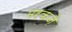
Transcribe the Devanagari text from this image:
मरकज़े